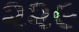
૨૨૯